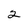
Character: 2